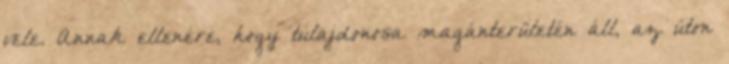
vele. Annak ellenére, hogy tulajdonosa magánterületén áll, az úton